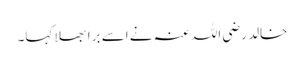
خالد رضی اللہ عنہ نے اسے برا بھلا کہا۔